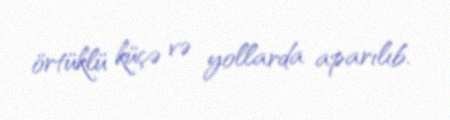
örtüklü küçə və yollarda aparılıb.